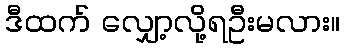
ဒီထက် လျှော့လို့ရဦးမလား။